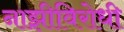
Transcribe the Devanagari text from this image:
नाझीविरोधी